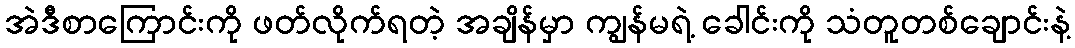
အဲဒီစာကြောင်းကို ဖတ်လိုက်ရတဲ့ အချိန်မှာ ကျွန်မရဲ့ ခေါင်းကို သံတူတစ်ချောင်းနဲ့